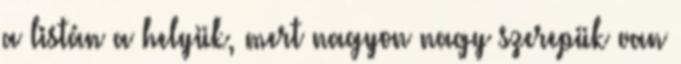
a listán a helyük, mert nagyon nagy szerepük van